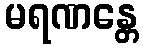
မရဏန္တေ